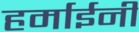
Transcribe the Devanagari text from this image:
हर्माईनी